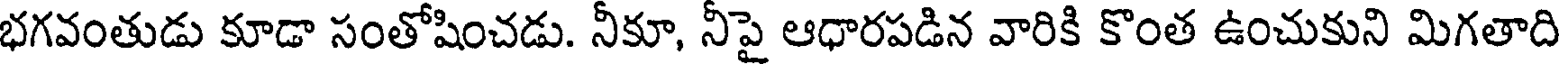
భగవంతుడు కూడా సంతోషించడు. నీకూ, నీపై ఆధారపడిన వారికి కొంత ఉంచుకుని మిగతాది